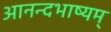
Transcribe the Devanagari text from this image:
आनन्दभाष्यम्